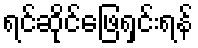
ရင်ဆိုင်ဖြေရှင်းရန်